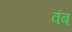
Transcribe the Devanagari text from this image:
वंब